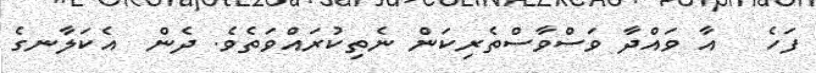
ފަހެ   އާ ވައްދާ ވަސްވާސްތެރިކަން ނެތިކުރައްވަތެވެ. ދެން  އެކަލާނގެ